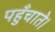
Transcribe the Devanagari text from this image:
पहुँचाते।